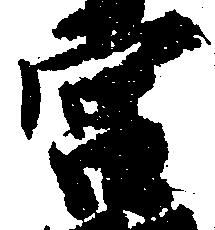
宮